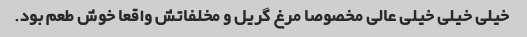
خیلی خیلی خیلی عالی مخصوصا مرغ گریل و مخلفاتش واقعا خوش طعم بود.